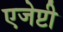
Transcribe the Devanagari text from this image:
एजेप्टी